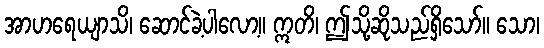
အာဟရေယျာသိ၊ ဆောင်ခဲ့ပါလော့။ ဣတိ၊ ဤသို့ဆိုသည်ရှိသော်။ သော၊